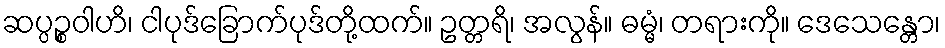
ဆပ္ပဉ္စဝါဟိ၊ ငါပုဒ်ခြောက်ပုဒ်တို့ထက်။ ဥတ္တရိ၊ အလွန်။ ဓမ္မံ၊ တရားကို။ ဒေသေန္တော၊